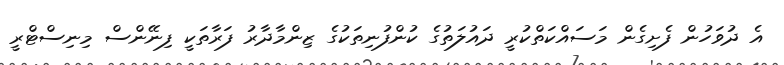
އެ ދުވަހުން ފެށިގެން މަސައްކަތްކުރީ ދައުލަތުގެ ކުންފުނިތަކުގެ ޒިންމާދާރު ފަރާތަކީ ފިނޭންސް މިނިސްޓްރީ